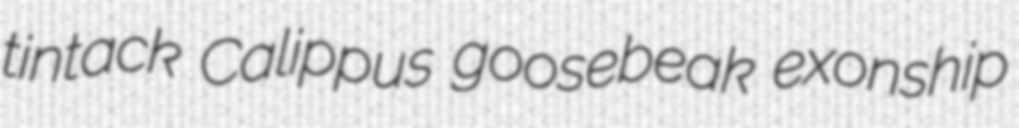
tintack Calippus goosebeak exonship